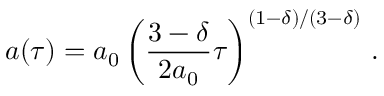
a ( \tau ) = a _ { 0 } \left( \frac { 3 - \delta } { 2 a _ { 0 } } \tau \right) ^ { ( 1 - \delta ) / ( 3 - \delta ) } \, .